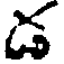
డ